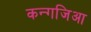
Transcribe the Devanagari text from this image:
कन्गजिआ